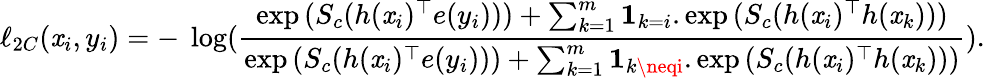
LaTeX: \ell_{2C}(\mathit{x}_{i},y_{i})=-~\log(\frac{{\exp{(S_{c}(h(\mathit{x}_{i})^{\top}e(y_{i})))}+\sum_{k=1}^{m}\mathbf{{1}}_{k=i}.\exp{(S_{c}(h(\mathit{x}_{i})^{\top}h(\mathit{x}_{k})))}}}{{\exp{(S_{c}(h(\mathit{x}_{i})^{\top}e(y_{i})))}+\sum_{k=1}^{m}\mathbf{{1}}_{k\neqi}.\exp{(S_{c}(h(\mathit{x}_{i})^{\top}h(\mathit{x}_{k})))}}}).